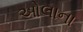
ઓલાના